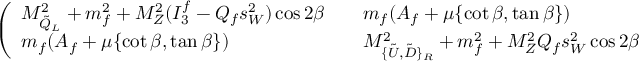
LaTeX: \left( \begin{array} { l l } { { M _ { \tilde { Q } _ { L } } ^ { 2 } + m _ { f } ^ { 2 } + M _ { Z } ^ { 2 } ( I _ { 3 } ^ { f } - Q _ { f } s _ { W } ^ { 2 } ) \cos 2 \beta } } & { { \quad m _ { f } ( A _ { f } + \mu \{ \cot \beta , \tan \beta \} ) } } \\ { { m _ { f } ( A _ { f } + \mu \{ \cot \beta , \tan \beta \} ) } } & { { \quad M _ { \{ \tilde { U } , \tilde { D } \} _ { R } } ^ { 2 } + m _ { f } ^ { 2 } + M _ { Z } ^ { 2 } Q _ { f } s _ { W } ^ { 2 } \cos 2 \beta } } \end{array} \right) \ ,